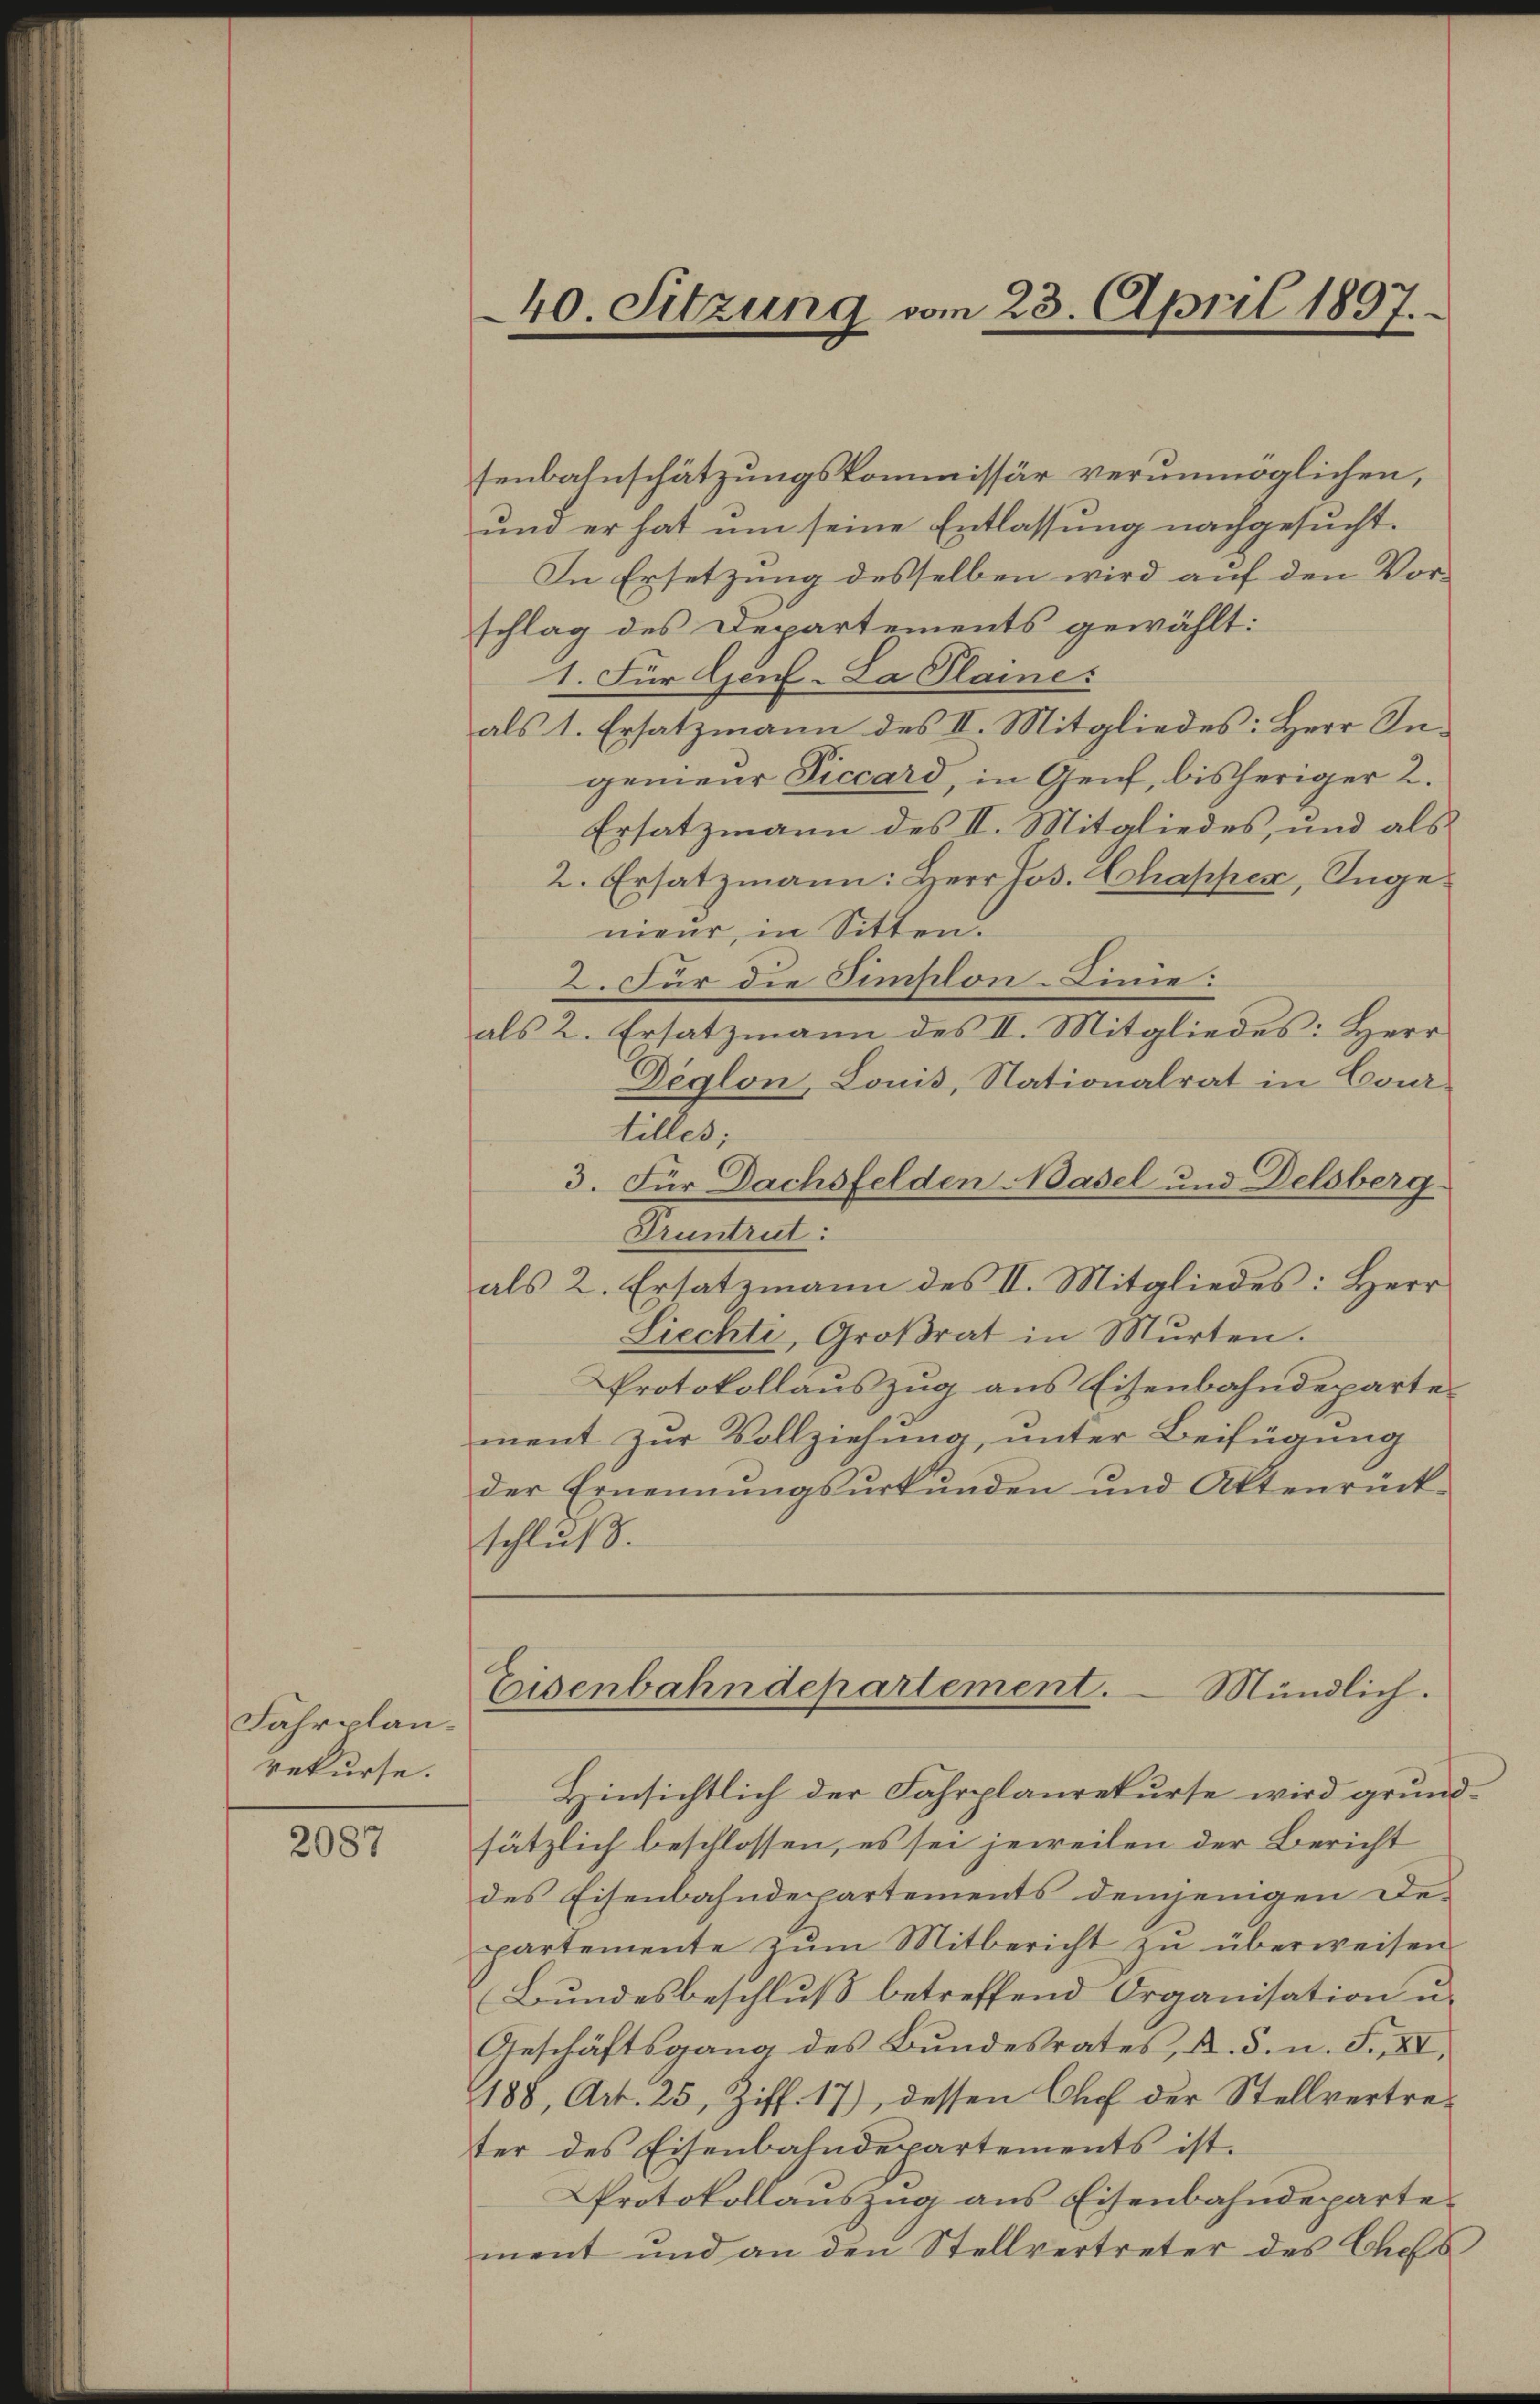
Fahrplanrekurse.

2087

40. Sitzung vom 23. April 1897.

senbahnschätzungskommissär verunmöglichen,
und er hat um seine Entlassung nachgesucht.
In Ersetzung desselben wird auf den Vor-
schlag des Departements gewählt:
1. Für Genf-La Plaine:
als 1. Ersatzmann des II. Mitgliedes: Herr Ingenieur Siccard, in Genf, bisheriger 2.
Ersatzmann des II. Mitgliedes, und als
2. Ersatzmann: Herr Jos. Chapper, Ingenieur, in Sitten.
2. Für die Simplon-Linie.
als 2. Ersatzmann des II. Mitgliedes: Herr
Dèglon, Lonis, Nationalrat in Cour
tilles;
3. Für Dachsfelden Basel und Delsberg
Pruntrut:
als 2. Ersatzmann des II. Mitgliedes: Herr
Liechte, Großrat in Mŭrten.
Protokollauszug aus Eisenbahndepartement zur Vollziehung, unter Beifügung
der Ernennŭngsŭrkŭnden und Aktenrück-
schluß.

Eisenbahndepartement.
Mündlich.

Hinsichtlich der Fahrplanrekurse wird grundsätzlich beschlossen, es sei jeweilen der Bericht
des Eisenbahndepartements demjenigen De-
partemente zŭm Mitbericht zŭ überweisen.
Bundesbeschluß betreffend Organisation u.
Geschäftsgang des Bundesrates, A. S. n. F. XI,
188, Art. 25, Ziff. 17), dessen Chef der Stellvertreter des Eisenbahndepartements ist.
Protokollauszug aus Eisenbahndepartement und an den Stellvertreter des Chefs